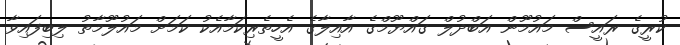
ކުރީގެ ރައީސް މައުމޫން އަބްދުލް ގައްޔޫމްގެ އާއިލާގެ އެހީތެރިކަމާއެކު ކަމަށް މައުލޫމާތު ލިބިފައިވާ